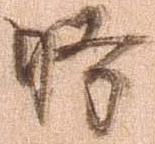
時